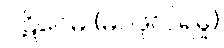
ပဋိဝေဓ (မဂ်ဖိုလ်ရမှု)